Report on lock hospitals in British Burma
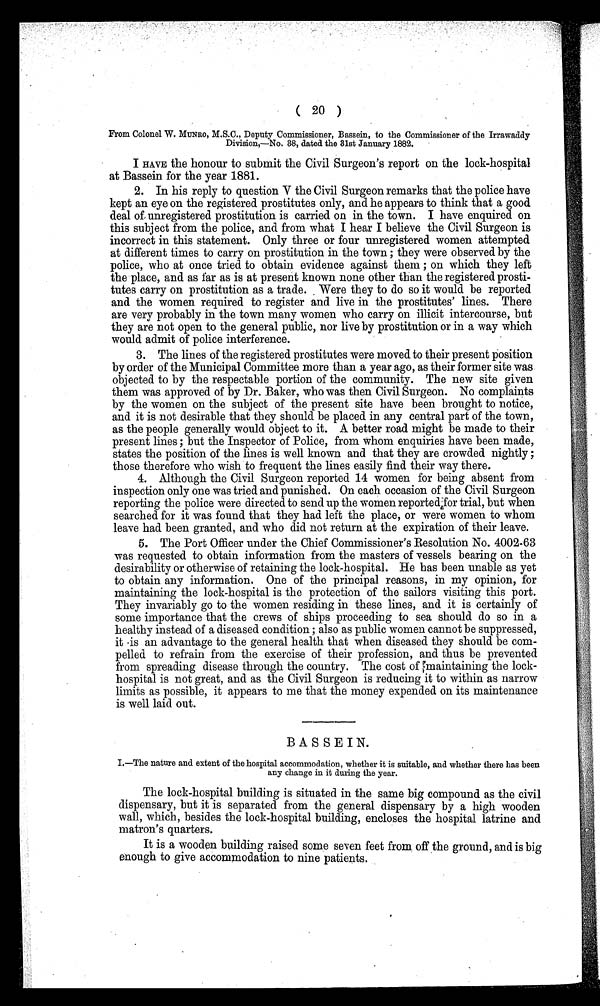
( 20 )
From Colonel W. MUNRO, M.S.C., Deputy Commissioner, Bassein, to the Commissioner of the Irrawaddy
Division,—No. 38, dated the 31st January 1882.
I HAVE the honour to submit the Civil Surgeon's report on the lock-hospital
at Bassein for the year 1881.
2. In his reply to question V the Civil Surgeon remarks that the police have
kept an eye on the registered prostitutes only, and he appears to think that a good
deal of, unregistered prostitution is carried on in the town. I have enquired on
this subject from the police, and from what I hear I believe the Civil Surgeon is
incorrect in this statement. Only three or four unregistered women attempted
at different times to carry on prostitution in the town ; they were observed by the
police, who at once tried to obtain evidence against them ; on which they left
the place, and as far as is at present known none other than the registered prosti-
tutes carry on prostitution as a trade. Were they to do so it would be reported
and the women required to register and live in the prostitutes' lines. There
are very probably in the town many women who carry on illicit intercourse, but
they are not open to the general public, nor live by prostitution or in a way which
would admit of police interference.
3. The lines of the registered prostitutes were moved to their present position
by order of the Municipal Committee more than a year ago, as their former site was
objected to by the respectable portion of the community. The new site given
them was approved of by Dr. Baker, who was then Civil Surgeon. No complaints
by the women on the subject of the present site have been brought to notice,
and it is not desirable that they should be placed in any central part of the town,
as the people generally would object to it. A better road might be made to their
present lines ; but the Inspector of Police, from whom enquiries have been made,
states the position of the lines is well known and that they are crowded nightly ;
those therefore who wish to frequent the lines easily find their way there.
4. Although the Civil Surgeon reported 14 women for being absent from
inspection only one was tried and punished. On each occasion of the Civil Surgeon
reporting the police were directed to send up the women reported for trial, but when
searched for it was found that they had left the place, or were women to whom
leave had been granted, and who did not return at the expiration of their leave.
5. The Port Officer under the Chief Commissioner's Resolution No. 4002-63
was requested to obtain information from the masters of vessels bearing on the
desirability or otherwise of retaining the lock-hospital. He has been unable as yet
to obtain any information. One of the principal reasons, in my opinion, for
maintaining the lock-hospital is the protection of the sailors visiting this port.
They invariably go to the women residing in these lines, and it is certainly of
some importance that the crews of ships proceeding to sea should do so in a
healthy instead of a diseased condition ; also as public women cannot be suppressed,
it is an advantage to the general health that when diseased they should be com-
pelled to refrain from the exercise of their profession, and thus be prevented
from spreading disease through the country. The cost of maintaining the lock-
hospital is not great, and as the Civil Surgeon is reducing it to within as narrow
limits as possible, it appears to me that the money expended on its maintenance
is well laid out.
BASSEIN.
I,—The nature and extent of the hospital accommodation, whether it is suitable, and whether there has been
any change in it during the year.
The lock-hospital building is situated in the same big compound as the civil
dispensary, but it is separated from the general dispensary by a high wooden
wall, which, besides the lock-hospital building, encloses the hospital latrine and
matron's quarters.
It is a wooden building raised some seven feet from off the ground, and is big
enough to give accommodation to nine patients.